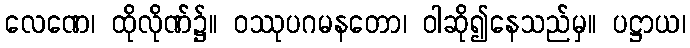
လေဏေ၊ ထိုလိုဏ်၌။ ဝဿုပဂမနတော၊ ဝါဆို၍နေသည်မှ။ ပဋ္ဌာယ၊